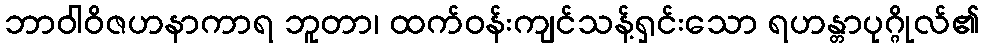
ဘာဝါဝိဇဟနာကာရ ဘူတာ၊ ထက်ဝန်းကျင်သန့်ရှင်းသော ရဟန္တာပုဂ္ဂိုလ်၏